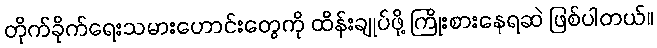
တိုက်ခိုက်ရေးသမားဟောင်းတွေကို ထိန်းချုပ်ဖို့ ကြိုးစားနေရဆဲ ဖြစ်ပါတယ်။